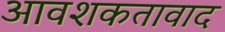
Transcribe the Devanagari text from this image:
आवशकतावाद